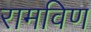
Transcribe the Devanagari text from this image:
रामविण